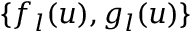
\{ f _ { l } ( u ) , g _ { l } ( u ) \}